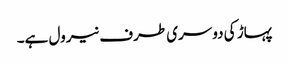
پہاڑ کی دوسری طرف نیرول ہے۔